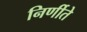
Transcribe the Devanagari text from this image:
निर्णीते